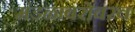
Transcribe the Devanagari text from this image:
मंडळाबरोबरच